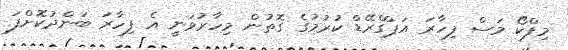
މިފްކޯ މަސް ފިހާރަ އަޕްގްރޭޑް ކުރުމުގެ ގޮތުން މިހާރުވަނީ އެ ފިހާރަ ބަންދުކޮށްފަ